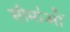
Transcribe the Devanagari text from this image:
सीमा॑ओं